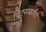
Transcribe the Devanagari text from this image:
पिट्सबर्गचे